Note on the mental hospitals in Burma - 1925-1940
Year: 1925
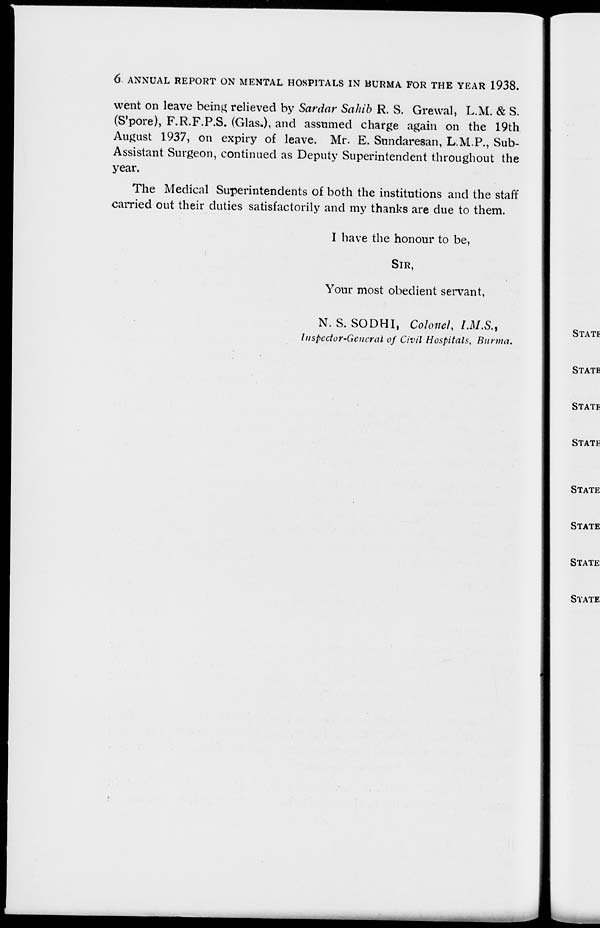
6 ANNUAL REPORT ON MENTAL HOSPITALS IN BURMA FOR THE YEAR 1938.
went on leave being relieved by Sardar Sahib R. S. Grewal, L.M. & S.
(S'pore), F.R.F.P.S. (Glas.), and assumed charge again on the 19th
August 1937, on expiry of leave. Mr. E. Sundaresan, L.M.P., Sub-
Assistant Surgeon, continued as Deputy Superintendent throughout the
year.
The Medical Superintendents of both the institutions and the staff
carried out their duties satisfactorily and my thanks are due to them.
I have the honour to be,
SIR,
Your most obedient servant,
N. S. SODHI, Colonel, I.M.S.,
Inspector-General of Civil Hospitals, Burma.